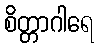
စိတ္တာဂါရေ